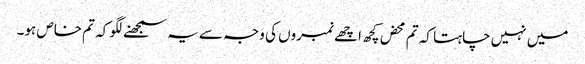
میں نہیں چاہتا کہ تم محض کچھ اچھے نمبروں کی وجہ سے یہ سمجھنے لگو کہ تم خاص ہو۔